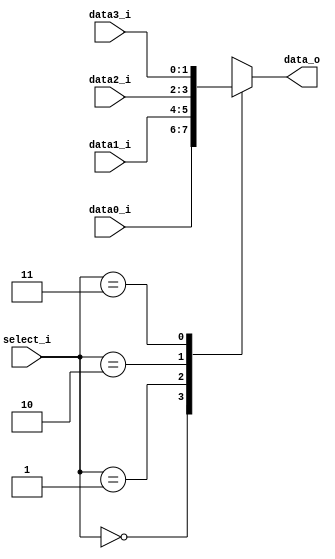
// 109550182

module MUX_4to1 (data0_i, data1_i, data2_i, data3_i, select_i, data_o);

parameter size = 0;			   
			
//I/O ports               
input   [size-1:0] data0_i;          
input   [size-1:0] data1_i;
input   [size-1:0] data2_i;
input   [size-1:0] data3_i;
input   [2-1:0]    select_i;
output reg  [size-1:0] data_o; 

//Main function
always @(*) begin
    case(select_i) 
        2'b00: data_o <= data0_i;
        2'b01: data_o <= data1_i;
        2'b10: data_o <= data2_i;
        2'b11: data_o <= data3_i;
    endcase
end

endmodule